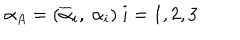
\alpha _ { A } = ( \overline { { { \alpha } } } _ { i } , \ \alpha _ { i } ) \ i = 1 , 2 , 3